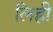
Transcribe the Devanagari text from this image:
लिही